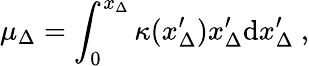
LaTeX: \mu_{\Delta}=\int_{0}^{x_{\Delta}}\kappa(x_{\Delta}^{\prime})x_{\Delta}^{\prime}\mathrm{d}x_{\Delta}^{\prime}\ ,